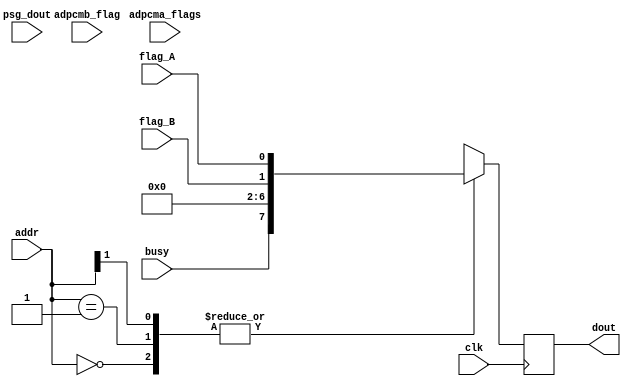
module jt12_dout(
    // input             rst_n,
    input             clk,        // CPU clock
    input             flag_A,
    input             flag_B,
    input             busy,
    input      [5:0]  adpcma_flags,
    input             adpcmb_flag,
    input      [7:0]  psg_dout,
    input      [1:0]  addr,
    output reg [7:0]  dout
);

parameter use_ssg=0, use_adpcm=0;

always @(posedge clk) begin
    casez( addr )
        2'b00: dout <= {busy, 5'd0, flag_B, flag_A }; // YM2203
        2'b01: dout <= (use_ssg  ==1) ? psg_dout : {busy, 5'd0, flag_B, flag_A };
        2'b1?: dout <= (use_adpcm==1) ?
            { adpcmb_flag, 1'b0, adpcma_flags } :
            { busy, 5'd0, flag_B, flag_A };
    endcase
end

endmodule